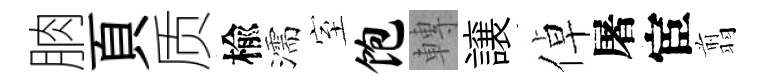
朒頁质楡濡室饱轉譲倬屠宦翦